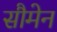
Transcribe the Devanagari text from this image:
सौमेन